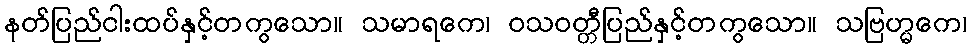
နတ်ပြည်ငါးထပ်နှင့်တကွသော။ သမာရကေ၊ ဝသဝတ္တီပြည်နှင့်တကွသော။ သဗြဟ္မကေ၊